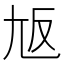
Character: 𡯘